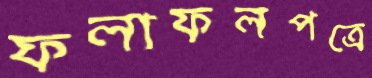
ফলাফলপত্রে